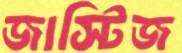
জাস্টিজ